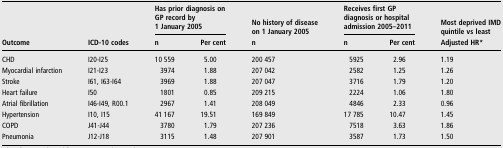
<table><thead><tr><td></td><td></td><td colspan="2"><b>Has prior diagnosis on GP record by 1 January 2005</b></td><td><b>No history of disease on 1 January 2005</b></td><td colspan="2"><b>Receives first GP diagnosis or hospital admission 2005–2011</b></td><td><b>Most deprived IMD quintile vs least</b></td></tr><tr><td><b>Outcome</b></td><td><b>ICD-10 codes</b></td><td><b>n</b></td><td><b>Per cent</b></td><td><b>n</b></td><td><b>n</b></td><td><b>Per cent</b></td><td><b>Adjusted HR*</b></td></tr></thead><tbody><tr><td>CHD</td><td>I20-I25</td><td>10 559</td><td>5.00</td><td>200 457</td><td>5925</td><td>2.96</td><td>1.19</td></tr><tr><td>Myocardial infarction</td><td>I21-I23</td><td>3974</td><td>1.88</td><td>207 042</td><td>2582</td><td>1.25</td><td>1.26</td></tr><tr><td>Stroke</td><td>I61, I63-I64</td><td>3969</td><td>1.88</td><td>207 047</td><td>3716</td><td>1.79</td><td>1.20</td></tr><tr><td>Heart failure</td><td>I50</td><td>1801</td><td>0.85</td><td>209 215</td><td>2224</td><td>1.06</td><td>1.80</td></tr><tr><td>Atrial fibrillation</td><td>I46-I49, R00.1</td><td>2967</td><td>1.41</td><td>208 049</td><td>4846</td><td>2.33</td><td>0.96</td></tr><tr><td>Hypertension</td><td>I10, I15</td><td>41 167</td><td>19.51</td><td>169 849</td><td>17 785</td><td>10.47</td><td>1.45</td></tr><tr><td>COPD</td><td>J41-J44</td><td>3780</td><td>1.79</td><td>207 236</td><td>7518</td><td>3.63</td><td>1.86</td></tr><tr><td>Pneumonia</td><td>J12-J18</td><td>3115</td><td>1.48</td><td>207 901</td><td>3587</td><td>1.73</td><td>1.50</td></tr></tbody></table>